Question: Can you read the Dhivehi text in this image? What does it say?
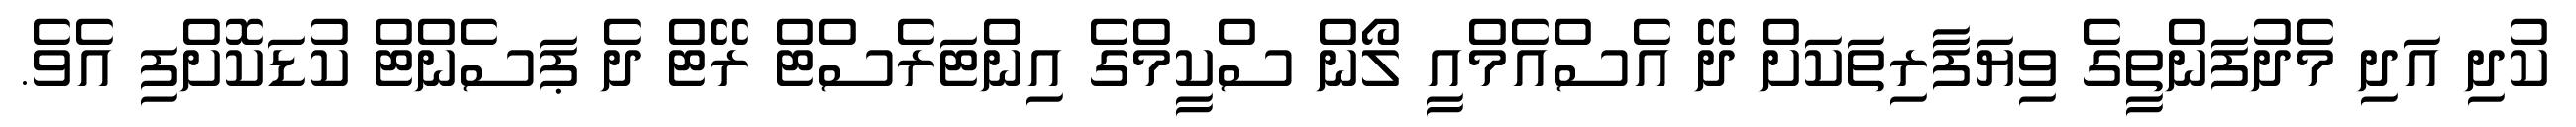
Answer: ކުދި އަދި މެދުފަންތީގެ ވިޔަފާރިތަކަށް ދޭ އެސްއެމްއީ ލޯން ސްކީމްގެ އިންޓަރެސްޓް ރޭޓް ދެ ޕަސެންޓް ކުޑަކޮށްފި އެވެ.